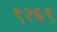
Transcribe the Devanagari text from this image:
९२६९